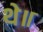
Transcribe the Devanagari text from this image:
थे॥